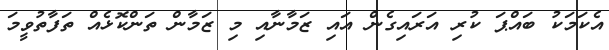
އެކަމަކު ބައްޕަ ކުރި އަރައިގެން އައި ޒަމާނާއި މި ޒަމާން ތަންކޮޅެއް ތަފާތުވީމަ